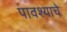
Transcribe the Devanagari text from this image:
पावश्याचे